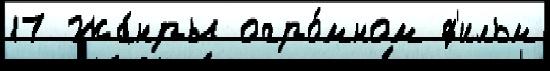
17 Жа́нры огро́мном ф'ильм